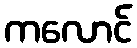
ကလောင်